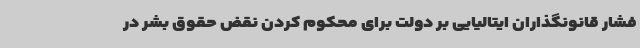
فشار قانونگذاران ایتالیایی بر دولت برای محکوم کردن نقض حقوق بشر در